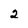
Character: 2